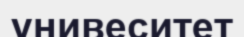
унивеситет